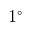
1 ^ { \circ }